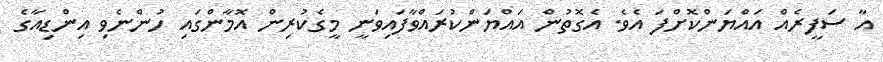
އާ ސަފީރެއް އައްޔަންކޮށްފަ އެވެ. އެގޮތުން އައްޔަންކުރައްވާފައިވަނީ މީގެކުރިން އޮމާންގައި ހުންނެވި އިންޑިއާގެ